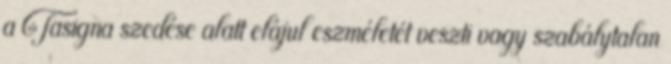
a Tasigna szedése alatt elájul eszméletét veszti vagy szabálytalan